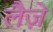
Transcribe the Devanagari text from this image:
लैज़े